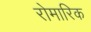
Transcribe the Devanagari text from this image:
रोमारिक